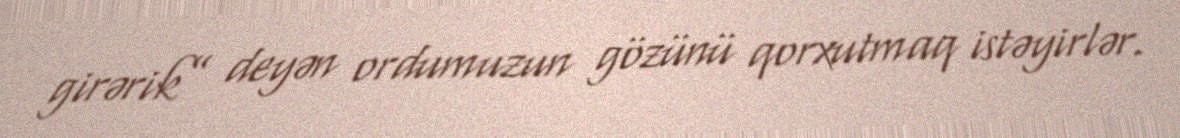
girərik” deyən ordumuzun gözünü qorxutmaq istəyirlər.